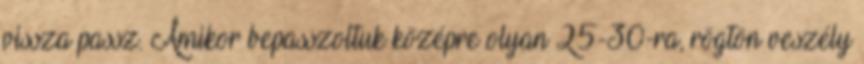
vissza passz. Amikor bepasszoltuk középre olyan 25-30-ra, rögtön veszély